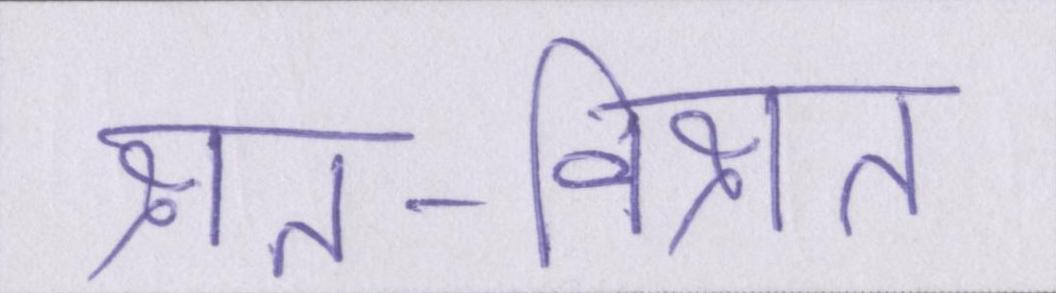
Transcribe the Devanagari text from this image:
क्षत-विक्षत